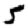
Digit: 5